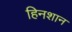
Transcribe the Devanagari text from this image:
हिनशान